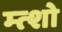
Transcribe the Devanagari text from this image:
म्त्शो